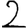
Digit: 2